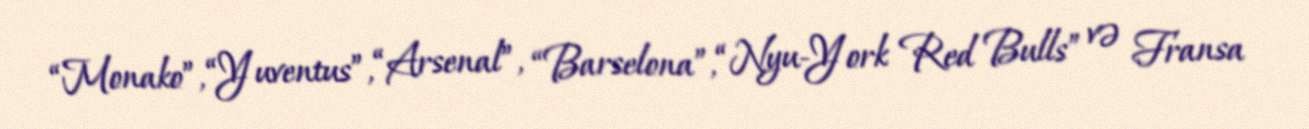
“Monako”, “Yuventus”, “Arsenal”, “Barselona”, “Nyu-York Red Bulls” və Fransa